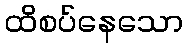
ထိစပ်နေသော